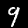
Digit: 9